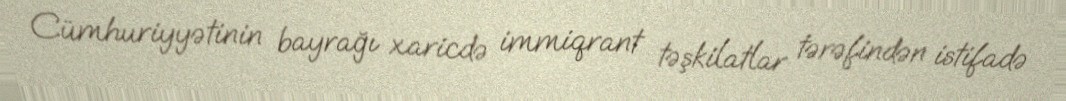
Cümhuriyyətinin bayrağı xaricdə immiqrant təşkilatlar tərəfindən istifadə